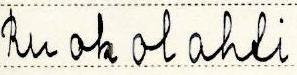
Ruokolahti